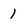
Character: 1